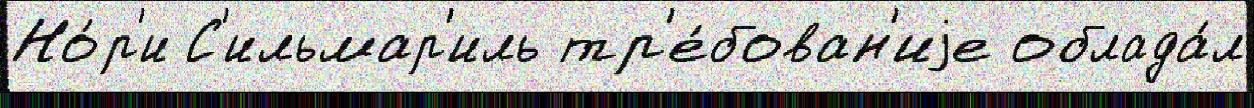
Но́р'и С'ильмар'иль тр'е́бован'иjе облада́л